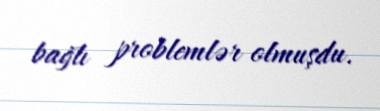
bağlı problemlər olmuşdu.